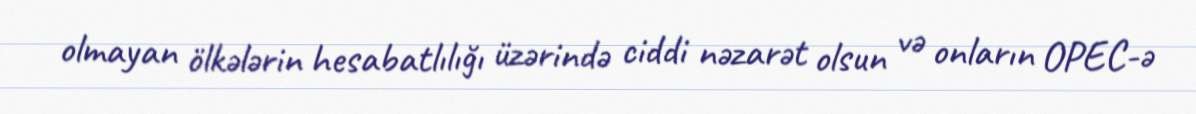
olmayan ölkələrin hesabatlılığı üzərində ciddi nəzarət olsun və onların OPEC-ə